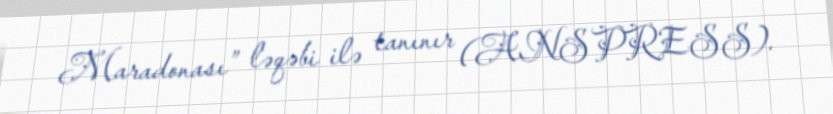
Maradonası” ləqəbi ilə tanınır (ANSPRESS).